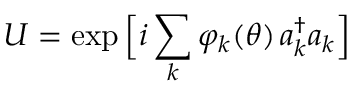
U = \exp \Big [ i \sum _ { k } \varphi _ { k } ( \theta ) \, a _ { k } ^ { \dagger } a _ { k } \Big ]